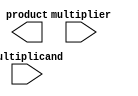
module BaughWooleyMultiplier(
    input [7:0] multiplicand,
    input [7:0] multiplier,
    output reg [15:0] product
);

reg [15:0] partial_products [7:0]; // Array to store partial products

// Partial product generator
integer i, j;
always @(*) begin
    for(i = 0; i < 8; i=i+1) begin
        for(j = 0; j < 8; j=j+1) begin
            partial_products[i+j] = multiplicand[i] * multiplier[j];
        end
    end
end

// Carry-save adder tree
integer k;
always @(*) begin
    for(k = 0; k < 7; k=k+1) begin
        partial_products[k+1] = partial_products[k] + partial_products[k+1];
    end
end

// Final adder
always @(*) begin
    product = partial_products[7] + partial_products[8];
end

endmodule